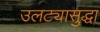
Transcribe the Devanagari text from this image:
उलट्यासुद्धा